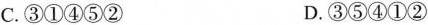
C.③①④⑤② D.③⑤④①②